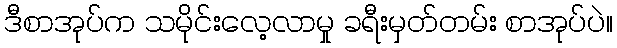
ဒီစာအုပ်က သမိုင်းလေ့လာမှု ခရီးမှတ်တမ်း စာအုပ်ပဲ။